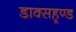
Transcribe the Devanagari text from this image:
डाक्सहूण्ड